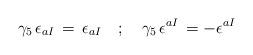
LaTeX: \begin{align*}\gamma _5 \, \epsilon _{aI} \, = \, \epsilon _{aI} \quad ; \quad\gamma _5 \, \epsilon ^{aI} \, = - \epsilon ^{aI}\end{align*}